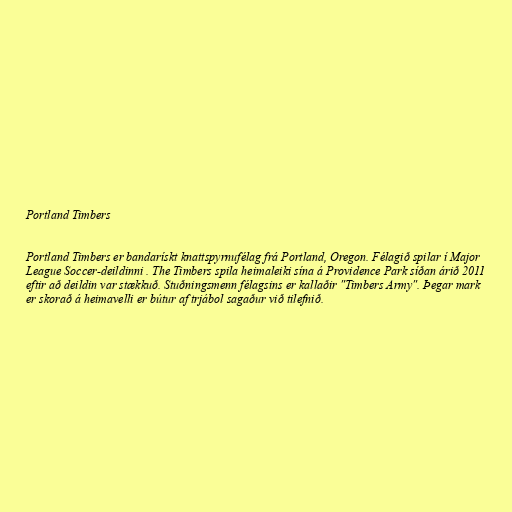
Portland Timbers

Portland Timbers er bandarískt knattspyrnufélag frá Portland, Oregon. Félagið spilar í Major
League Soccer-deildinni . The Timbers spila heimaleiki sína á Providence Park síðan árið 2011
eftir að deildin var stækkuð. Stuðningsmenn félagsins er kallaðir "Timbers Army". Þegar mark
er skorað á heimavelli er bútur af trjábol sagaður við tilefnið.